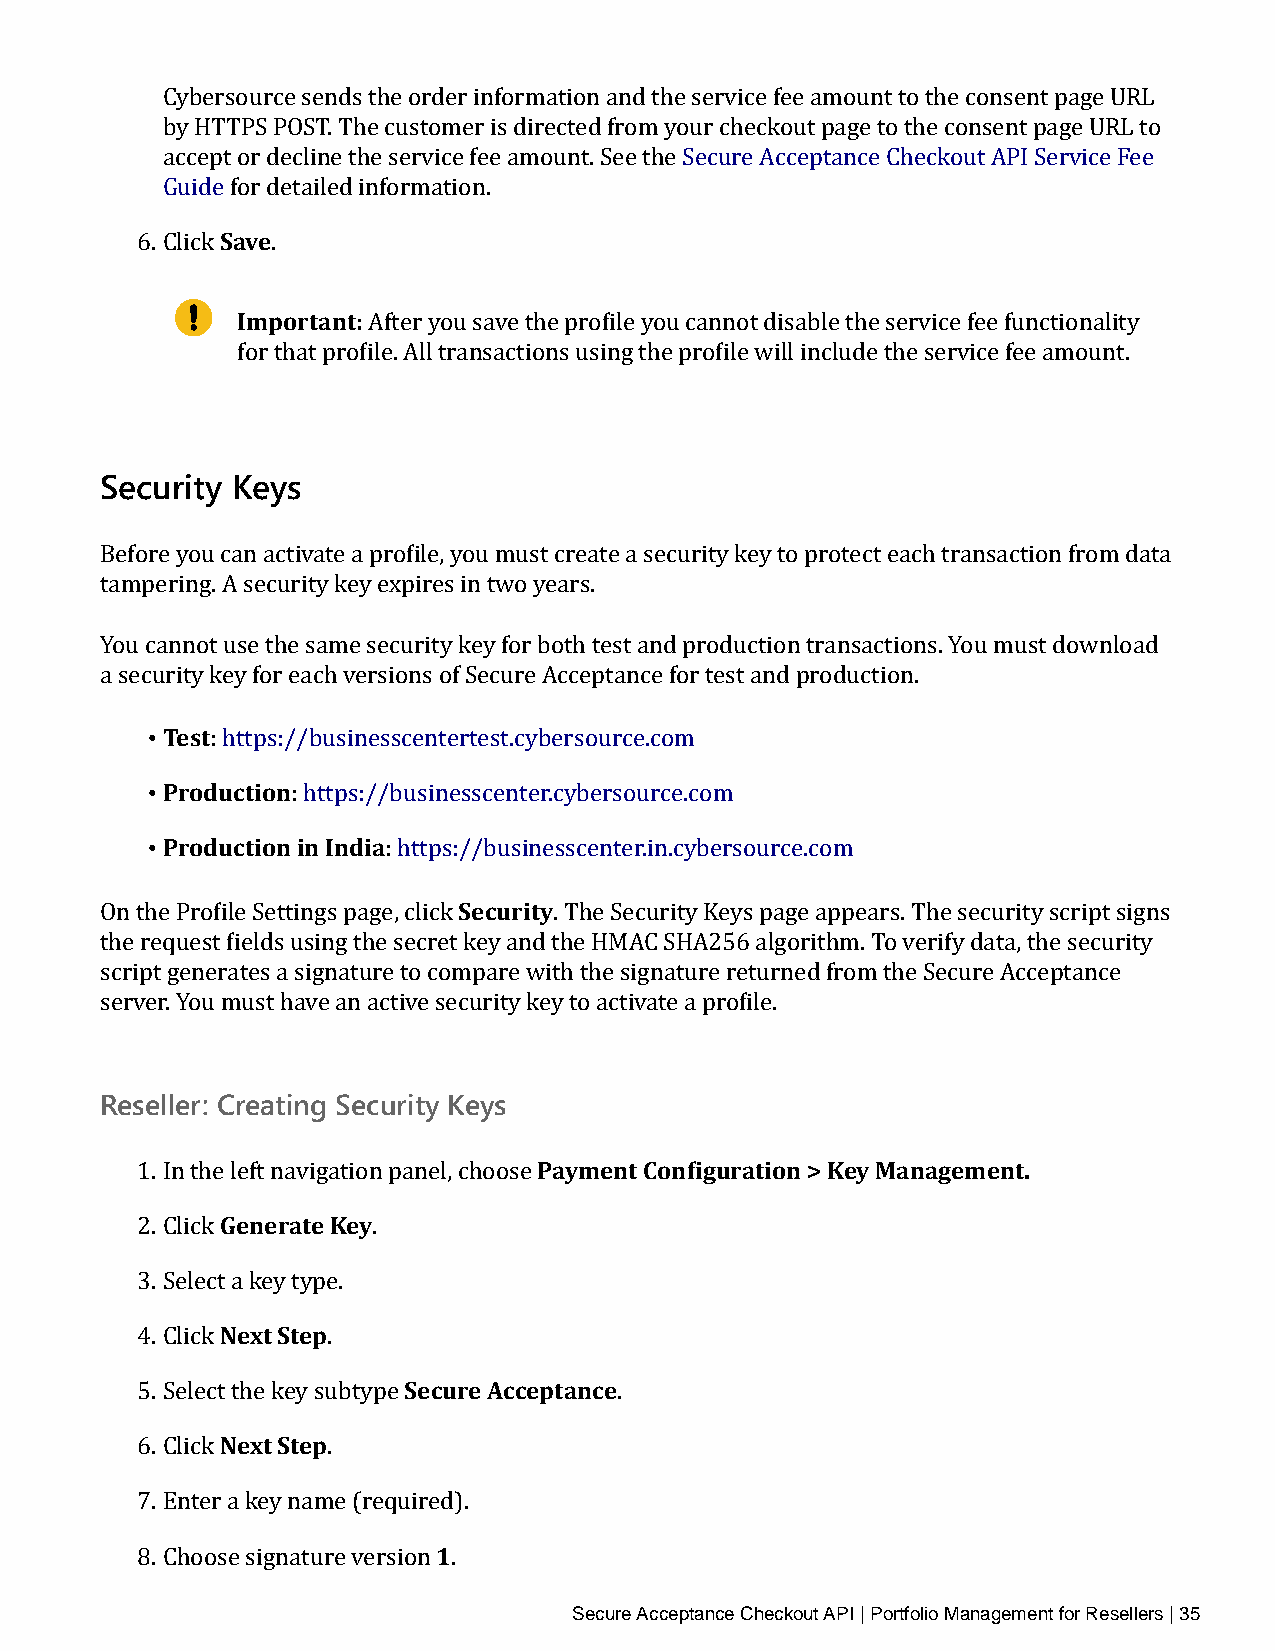
Cybersource sends the order information and the service fee amount to the consent page URL
 by HTTPS POST. The customer is directed from your checkout page to the consent page URL to
 accept or decline the service fee amount. See the Secure Acceptance Checkout API Service Fee
 GuideS faovre detailed information.
 6. Click .
 Important:
 After you save the profile you cannot disable the service fee functionality
 for that profile. All transactions using the profile will include the service fee amount.
 Security Keys
 Before you can activate a profile, you must create a security key to protect each transaction from data
 tampering. A security key expires in two years.
 You cannot use the same security key for both test and production transactions. You must download
 a security key for each versions of Secure Acceptance for test and production.
 • Test
 • Prod: uhctttpiosn://businesscentertest.cybersource.com
 • Production :i hnt Itnpsd:i/a/businesscenter.cybersource.com
 : https://businesscenter.in.cybersource.com
 Security
 On the Profile Settings page, click . The Security Keys page appears. The security script signs
 the request fields using the secret key and the HMAC SHA256 algorithm. To verify data, the security
 script generates a signature to compare with the signature returned from the Secure Acceptance
 server. You must have an active security key to activate a profile.
 Reseller: Creating Security Keys
 Payment Configuration > Key Management.
 1. In theG leefnte nraavtieg aKteioyn panel, choose
 2. Click        .
 3. SelectN ae kxet yS tteyppe.
 4. Click     .    Secure Acceptance
 5. SelectN tehxet k Setye psubtype .
 6. Click     .
 7. Enter a key name (require1d).
 8. Choose signature version . Secure Acceptance Checkout API | Portfolio Management for Resellers | 35